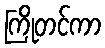
ကြိုတင်ကာ